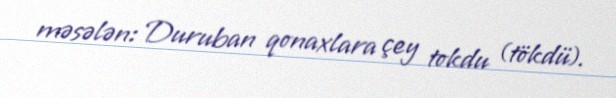
məsələn: Duruban qonaxlara çey tokdu (tökdü).